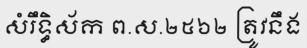
សំរឹទ្ធិស័ក ព.ស.២៥៦២ ត្រូវនឹង